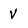
Character: V